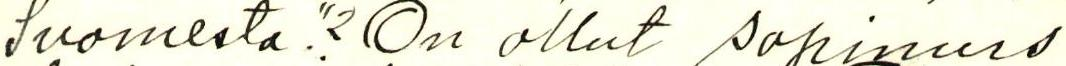
Suomesta."? On ollut sopimus